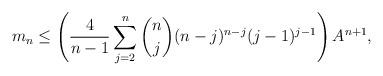
LaTeX: \begin{align*}m_n\leq\left(\frac{4}{n-1}\sum_{j=2}^{n}{n\choose{j}}(n-j)^{n-j}(j-1)^{j-1}\right)A^{n+1},\end{align*}